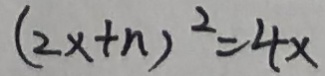
( 2 x + n ) ^ { 2 } = 4 x